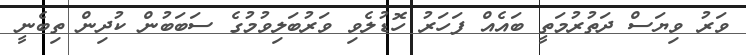
ވަރު ވިޔަސް ދަތުރުމަތީ ބައެއް ފަހަރު ހޮޑުލެވި ވަރުބަލިވުމުގެ ސަބަބުން ކުދިން ތިބެނީ